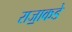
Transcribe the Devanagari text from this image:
राजा॒कडे